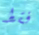
فقط